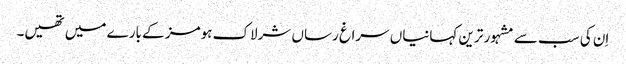
اِن کی سب سے مشہور ترین کہانیاں سراغ رساں شرلاک ہومز کے بارے میں تھیں۔